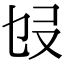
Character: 𠬫